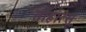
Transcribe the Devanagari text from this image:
तोहात्सू